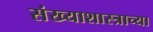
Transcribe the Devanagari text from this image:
संख्याशास्त्राच्या